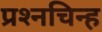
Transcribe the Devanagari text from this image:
प्रश्‍नचिन्ह